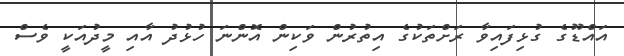
އައްޑޫގެ ގުޅިފައިވާ ރަށްތަކުގެ އިތުރުން ވަކިން އޮންނަ ހުޅުދު އާއި މީދުއަކީ ވެސް